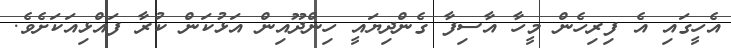
އެހީގައި އެ ފިރިހެން މީހާ އާސިފާ ގެންދިޔައީ ހިންދޫއިން އަޅުކަން ކުރާ ފައްޅިއަކަށެވެ.